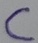
Text: C